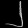
Digit: ၂